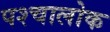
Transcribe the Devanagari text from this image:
पश्चालोक